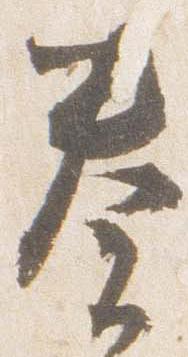
奏